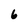
Character: 6